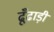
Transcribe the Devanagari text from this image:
ढूँढाड़ी